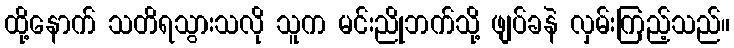
ထို့နောက် သတိရသွားသလို သူက မင်းညိုဘက်သို့ ဖျပ်ခနဲ လှမ်းကြည့်သည်။